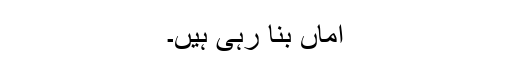
اماں بنا رہی ہیں۔